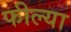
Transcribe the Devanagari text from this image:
फील्या